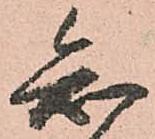
知